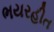
ભયરહીત